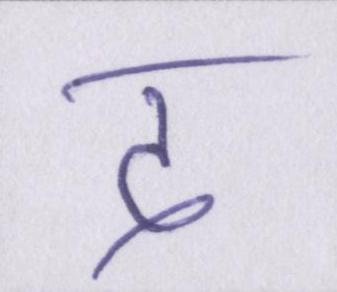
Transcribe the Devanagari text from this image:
द